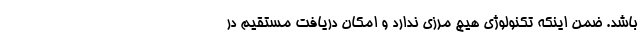
باشد. ضمن اینکه تکنولوژی‌ هیچ مرزی ندارد و امکان دریافت مستقیم در